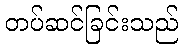
တပ်ဆင်ခြင်းသည်